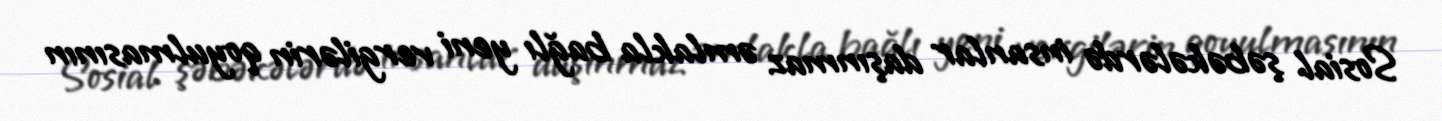
Sosial şəbəkələrdə insanlar daşınmaz əmlakla bağlı yeni vergilərin qoyulmasının